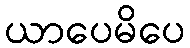
ယာပေမိပေ